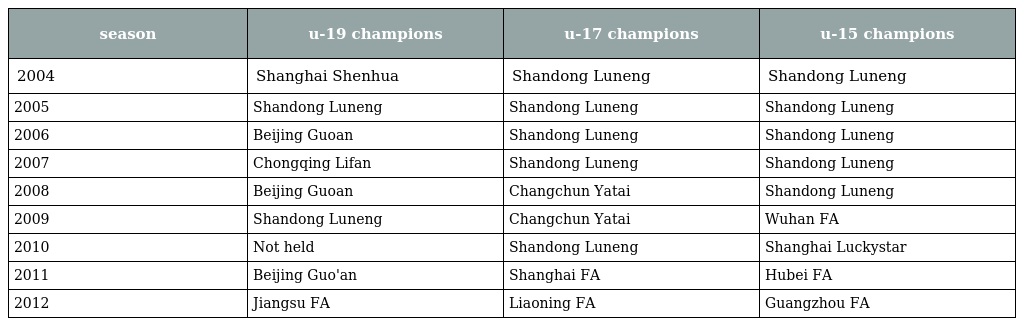
| season | u-19 champions | u-17 champions | u-15 champions |
 | --- | --- | --- | --- |
 | 2004 | Shanghai Shenhua | Shandong Luneng | Shandong Luneng |
 | 2005 | Shandong Luneng | Shandong Luneng | Shandong Luneng |
 | 2006 | Beijing Guoan | Shandong Luneng | Shandong Luneng |
 | 2007 | Chongqing Lifan | Shandong Luneng | Shandong Luneng |
 | 2008 | Beijing Guoan | Changchun Yatai | Shandong Luneng |
 | 2009 | Shandong Luneng | Changchun Yatai | Wuhan FA |
 | 2010 | Not held | Shandong Luneng | Shanghai Luckystar |
 | 2011 | Beijing Guo'an | Shanghai FA | Hubei FA |
 | 2012 | Jiangsu FA | Liaoning FA | Guangzhou FA |